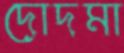
দোদমা